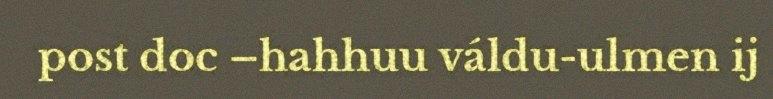
post doc –hahhuu váldu-ulmen ij